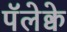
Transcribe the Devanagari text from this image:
पॅलेक्वे